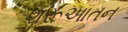
શરૂઆતન